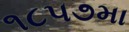
૧૮૫૭મા